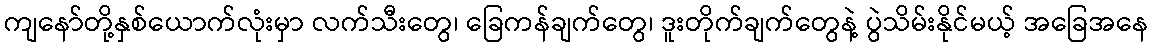
ကျနော်တို့နှစ်ယောက်လုံးမှာ လက်သီးတွေ၊ ခြေကန်ချက်တွေ၊ ဒူးတိုက်ချက်တွေနဲ့ ပွဲသိမ်းနိုင်မယ့် အခြေအနေ